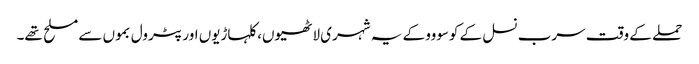
حملے کے وقت سرب نسل کے کوسووو کے یہ شہری لاٹھیوں، کلہاڑیوں اور پٹرول بموں سے مسلح تھے۔